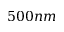
5 0 0 n m